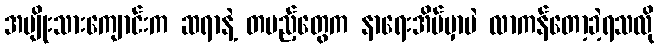
အမျိုးသားကျောင်းက ဆရာနဲ့ တပည့်တွေက နာရေးအိမ်မှာပဲ လာကန်တော့ခဲ့ရသလို